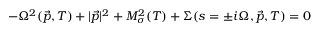
- \Omega ^ { 2 } ( \vec { p } , T ) + | \vec { p } | ^ { 2 } + M _ { \sigma } ^ { 2 } ( T ) + \Sigma ( s = \pm i \Omega , \vec { p } , T ) = 0